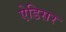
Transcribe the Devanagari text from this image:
ऐडिसर